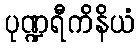
ပုဏ္ဍရီကိနိယံ